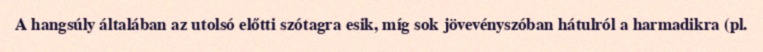
A hangsúly általában az utolsó előtti szótagra esik, míg sok jövevényszóban hátulról a harmadikra (pl.